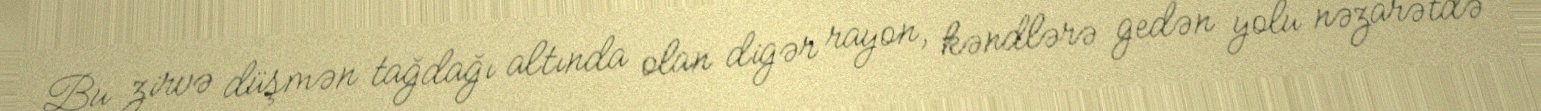
Bu zirvə düşmən tağdağı altında olan digər rayon, kəndlərə gedən yolu nəzarətdə